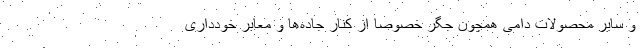
و سایر محصولات دامی همچون جگر خصوصا از کنار جاده‌ها و معابر خودداری